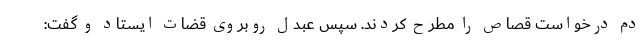
دم درخواست قصاص را مطرح کردند. سپس عبدل روبروی قضات ایستاد و گفت: